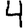
Digit: 4